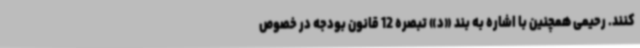
کنند. رحیمی همچنین با اشاره به بند «د» تبصره 12 قانون بودجه در خصوص